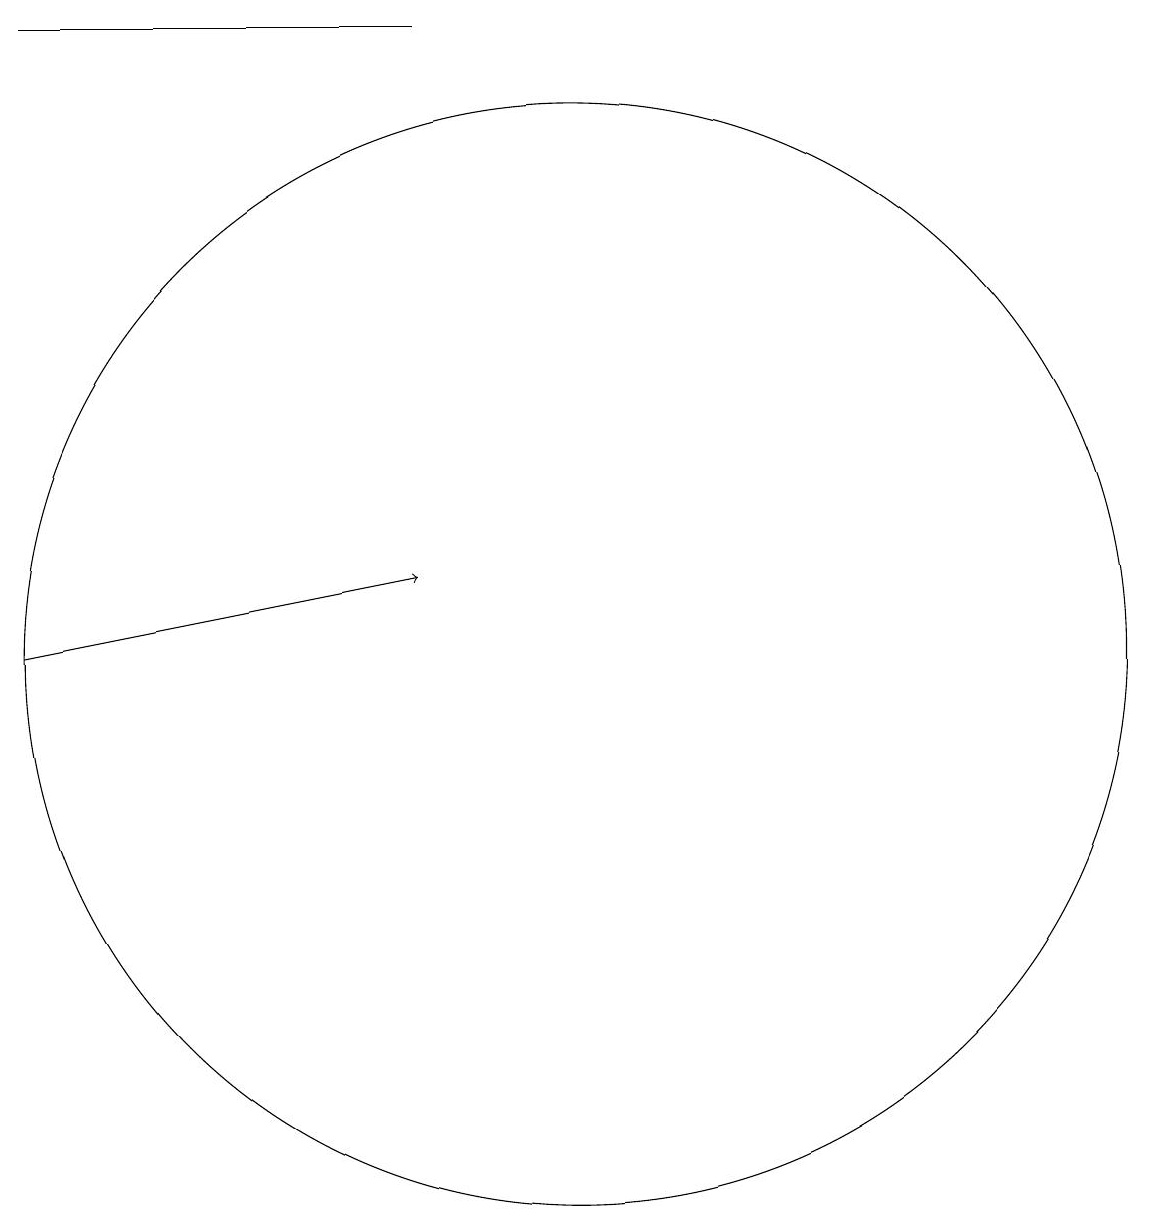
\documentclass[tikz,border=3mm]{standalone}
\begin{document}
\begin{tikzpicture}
\draw (3,18) rectangle (8,18);
\draw (10,10) circle (7);
\draw[->] (3,10) -- (8,11);
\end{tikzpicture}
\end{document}